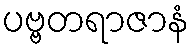
ပဗ္ဗတရာဇာနံ